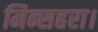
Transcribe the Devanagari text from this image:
मिन्सहरा।